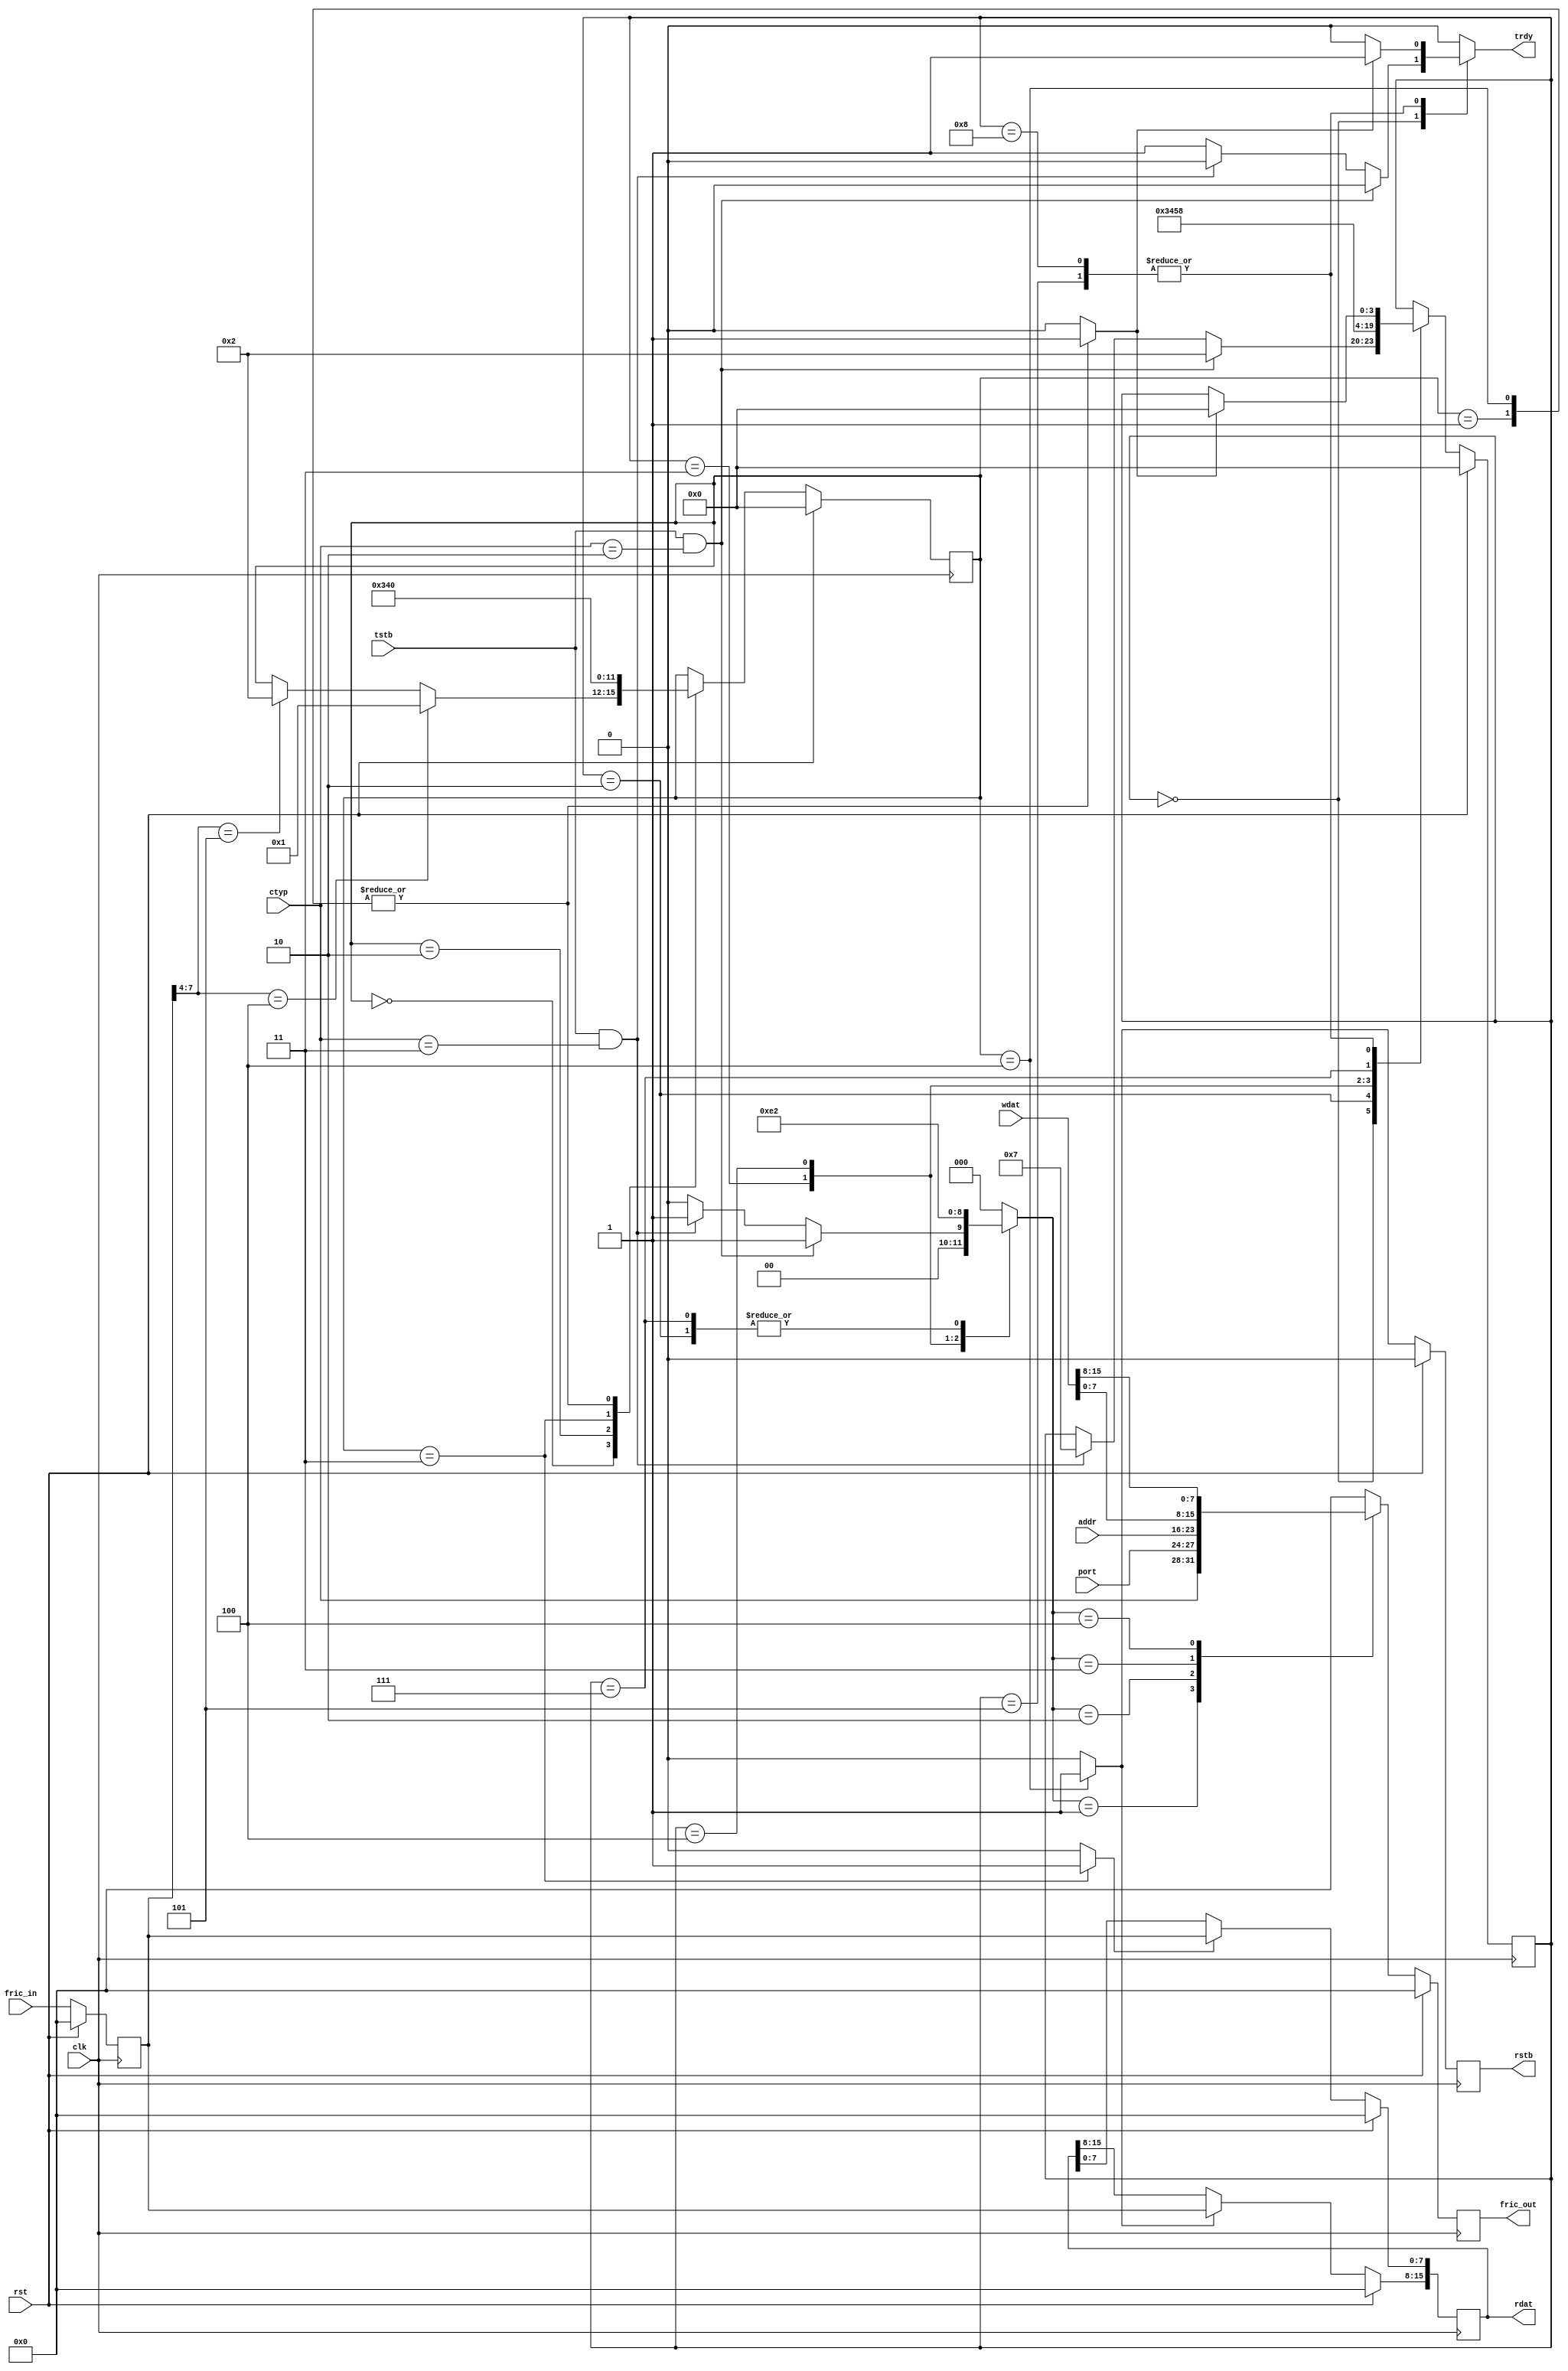
module fric_client_master
  (
   clk,
   rst,
   fric_in,
   fric_out,
   ctyp,
   port,
   addr,
   wdat,
   tstb, 
   trdy, 
   rstb, 
   rdat 
   );
   input           clk;
   input 	   rst;
   input [7:0] 	   fric_in;
   output [7:0]    fric_out;
   input [3:0] 	   ctyp;
   input [3:0] 	   port;
   input [7:0] 	   addr;
   input [15:0]    wdat;
   input 	   tstb;
   output 	   trdy;
   output 	   rstb;
   output [15:0]   rdat;
   parameter [3:0] fos_idle = 4'h0,
		   fos_wr_adr = 4'h2,
		   fos_wr_da0 = 4'h3,
		   fos_wr_da1 = 4'h4,
		   fos_wr_ack = 4'h5,
		   fos_rd_adr = 4'h7,
		   fos_rd_ack = 4'h8;
   parameter [3:0] fis_idle = 4'h0,
		   fis_wr_ack = 4'h1,
		   fis_rd_ack = 4'h2,
		   fis_rd_da0 = 4'h3,
		   fis_rd_da1 = 4'h4;
   reg [3:0] 	   fos_state, next_fos_state;
   reg 		   trdy;
   reg [2:0] 	   fric_out_sel;
   reg [7:0] 	   fric_out;
   reg [3:0] 	   fis_state, next_fis_state;
   reg 		   rdat_cap_high;
   reg 		   rdat_cap_low;
   reg 		   next_rstb;
   reg 		   fis_ack;
   reg [7:0] 	   fric_inr;
   reg [15:0] 	   rdat;
   reg 		   rstb;
   always @ (ctyp or fis_ack or fos_state or tstb)
     begin
	next_fos_state = fos_state;
	trdy = 1'b0;
	fric_out_sel = 0;
	case(fos_state)
	  fos_idle:
	    begin
	       if(tstb==1'b1 && ctyp==4'b0010) begin
		  fric_out_sel = 1;
		  next_fos_state = fos_wr_adr;
	       end else if(tstb==1'b1 && ctyp==4'b0011) begin
		  fric_out_sel = 1;
		  next_fos_state = fos_rd_adr;
	       end else begin
		  trdy = 1'b1;
	       end
	    end
	  fos_wr_adr:
	    begin
	       fric_out_sel = 2;
	       next_fos_state = fos_wr_da0;
	    end
	  fos_wr_da0:
	    begin
	       fric_out_sel = 3;
	       next_fos_state = fos_wr_da1;
	    end
	  fos_wr_da1:
	    begin
	       fric_out_sel = 4;
	       next_fos_state = fos_wr_ack;
	    end
	  fos_wr_ack:
	    begin
	       fric_out_sel = 0;
	       if(fis_ack==1'b1) begin
		  trdy = 1'b1;
		  next_fos_state = fos_idle;
	       end
	    end
	  fos_rd_adr:
	    begin
	       fric_out_sel = 2;
	       next_fos_state = fos_rd_ack;
	    end
	  fos_rd_ack:
	    begin
	       fric_out_sel = 0;
	       if(fis_ack==1'b1) begin
		  trdy = 1'b1;
		  next_fos_state = fos_idle;
	       end
	    end
	  default:
	    begin
	    end
	endcase 
     end 
   always @ (posedge clk)
     begin
	if(rst==1'b1)
	  begin
	     fos_state <= fos_idle;
	     fric_out <= 0;
	  end
	else
	  begin
	     fos_state <= next_fos_state;
	     case(fric_out_sel)
	       3'h0: fric_out <= 8'h00;
	       3'h1: fric_out <= {ctyp, port};
	       3'h2: fric_out <= addr;
	       3'h3: fric_out <= wdat[7:0];
	       3'h4: fric_out <= wdat[15:8];
	       default: fric_out <= 8'h00;
	     endcase 
	  end
     end 
   always @ (fis_state or fric_inr)
     begin
	next_fis_state = fis_state;
	rdat_cap_high = 0;
	rdat_cap_low = 0;
	next_rstb = 0;
	fis_ack = 0;
	case(fis_state)
	  fis_idle:
	    begin
	       if(fric_inr[7:4]==4'b0100)
		 next_fis_state = fis_wr_ack;
	       else if(fric_inr[7:4]==4'b0101)
		 next_fis_state = fis_rd_ack;
	    end
	  fis_wr_ack:
	    begin
	       fis_ack = 1'b1;
	       next_fis_state = fis_idle;
	    end
	  fis_rd_ack:
	    begin
	       next_fis_state = fis_rd_da0;
	    end
	  fis_rd_da0:
	    begin
	       rdat_cap_low = 1'b1;
	       next_fis_state = fis_rd_da1;
	    end
	  fis_rd_da1:
	    begin
	       rdat_cap_high = 1'b1;
	       next_rstb = 1'b1;
	       fis_ack = 1'b1;
	       next_fis_state = fis_idle;
	    end
	  default:
	    begin
	    end
	endcase 
     end 
   always @ (posedge clk)
     begin
	if(rst==1'b1)
	  begin
	     fis_state <= fis_idle;
	     fric_inr <= 0;
	     rdat <= 0;
	     rstb <= 0;
	  end
	else
	  begin
	     fis_state <= next_fis_state;
	     fric_inr <= fric_in;
	     if(rdat_cap_high==1'b1)
	       rdat[15:8] <= fric_inr;
	     if(rdat_cap_low==1'b1)
	       rdat[7:0] <= fric_inr;
	     rstb <= next_rstb;
	  end
     end 
endmodule